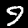
Digit: 9